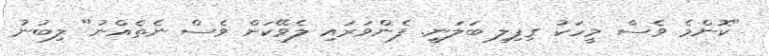
"ކޮންމެ ވެސް މީހަކު ގިފިލި ބަލަނީ. ފެންވަރައި ލެވޭކަށް ވެސް ނެތެއްނު" ލިބުނު